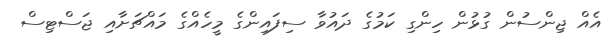
އެއް ޖިންސުން ގުޅުން ހިންގި ކަމުގެ ދައުވާ ސިފައިންގެ މީހެއްގެ މައްޗަށާއި ޖަސްޓިސް